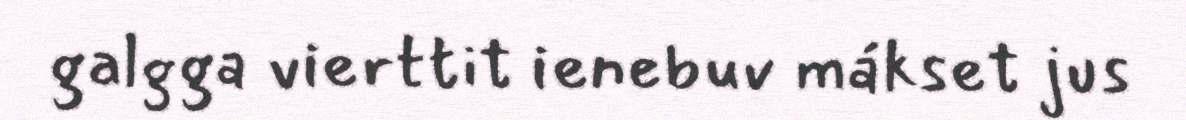
galgga vierttit ienebuv mákset jus